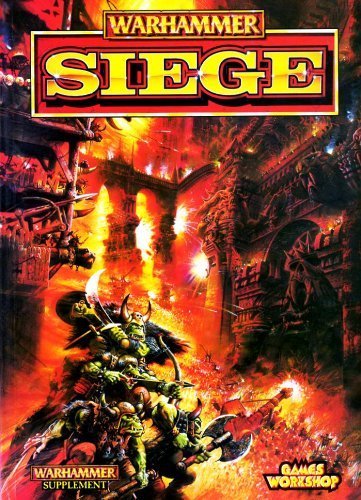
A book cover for Warhammer Siege; Tuomas Pirinen; Science Fiction & Fantasy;